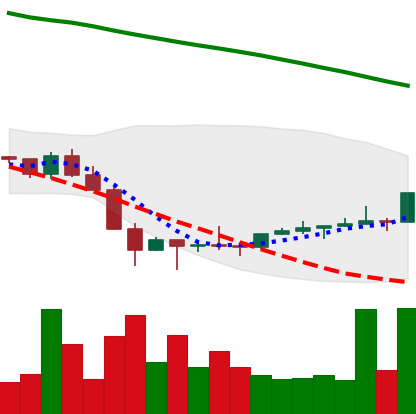
Ticker: NEO-USD
Chart end date: 2022-02-04
Forward return: 7.008%
Label: up_7plus